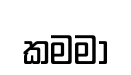
කමමා